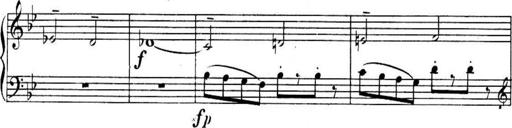
Title: Sonatines
Composer: Hedwige ChrÃ©tien